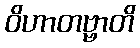
ဝိဟာတဗ္ဗာတိ